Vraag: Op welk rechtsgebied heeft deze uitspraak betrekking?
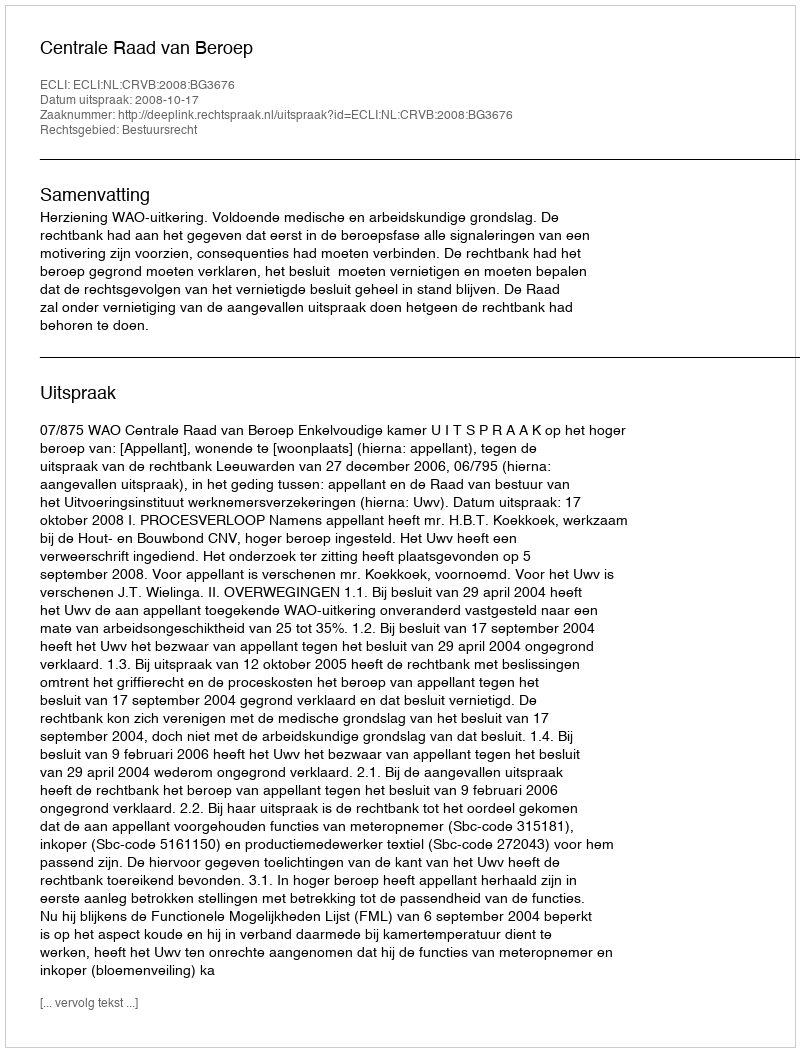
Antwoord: Bestuursrecht